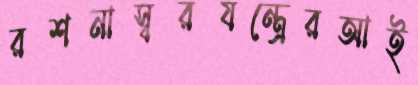
রশনাস্বরযন্ত্রেরআই